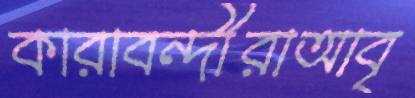
কারাবন্দীরাআবৃ